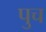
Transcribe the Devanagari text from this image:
पुच